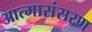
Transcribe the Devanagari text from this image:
आत्मासंसरण